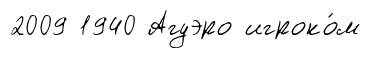
2009 1940 Агуэро игроко́м